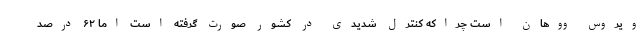
ویروس ووهان است چراکه کنترل شدیدی در کشور صورت گرفته است اما ۶۲ درصد